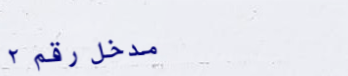
مدخل رقم ٢